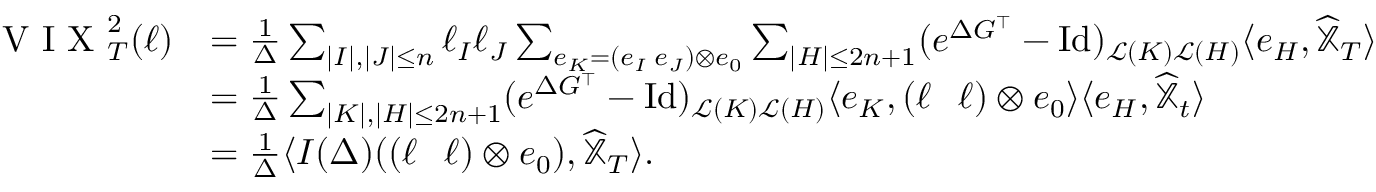
\begin{array} { r l } { { \textrm { V I X } } _ { T } ^ { 2 } ( \ell ) } & { = \frac 1 \Delta \sum _ { | I | , | J | \leq n } \ell _ { I } \ell _ { J } \sum _ { e _ { K } = ( e _ { I } \shuffle e _ { J } ) \otimes e _ { 0 } } \sum _ { | H | \leq 2 n + 1 } ( e ^ { \Delta G ^ { \top } } - \operatorname { I d } ) _ { { \mathscr L } ( K ) { \mathscr L } ( H ) } \langle e _ { H } , \widehat { { \mathbb X } } _ { T } \rangle } \\ & { = \frac 1 \Delta \sum _ { | K | , | H | \leq 2 n + 1 } ( e ^ { \Delta G ^ { \top } } - \operatorname { I d } ) _ { { \mathscr L } ( K ) { \mathscr L } ( H ) } \langle e _ { K } , ( \ell \shuffle \ell ) \otimes e _ { 0 } \rangle \langle e _ { H } , \widehat { \mathbb X } _ { t } \rangle } \\ & { = \frac 1 \Delta \langle I ( \Delta ) ( ( \ell \shuffle \ell ) \otimes e _ { 0 } ) , \widehat { \mathbb X } _ { T } \rangle . } \end{array}